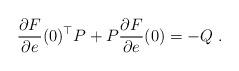
LaTeX: \begin{align*}\frac{\partial F}{\partial e}(0)^\top P + P\frac{\partial F}{\partial e}(0) = - Q\ .\end{align*}